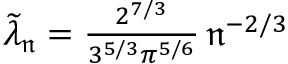
\begin{array} { r } { \widetilde \lambda _ { \mathfrak { n } } = \frac { 2 ^ { 7 / 3 } } { 3 ^ { 5 / 3 } \pi ^ { 5 / 6 } } \, \mathfrak { n } ^ { - 2 / 3 } \quad } \end{array}